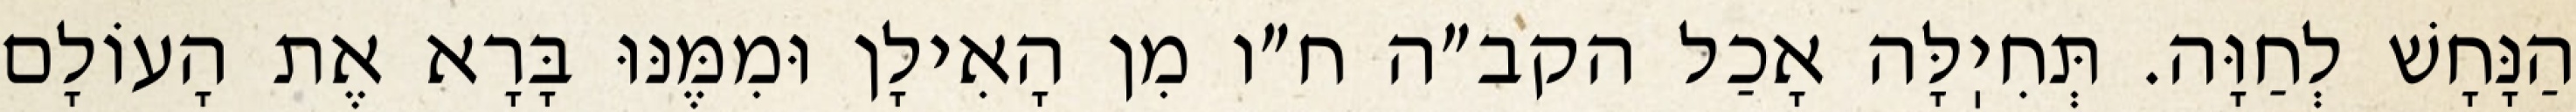
הַנָּחָשׁ לְחַוָּה. תְּחִיֽלָּה אָכַל הקב״ה ח״ו מִן הָאִילָן וּמִמֶּנּוּ בָּרָא אֶת הָעוֹלָם